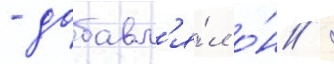
- добавл'я́л о́н /